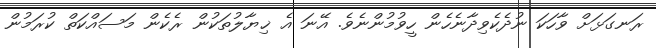
ރަނގަޅަށް ވާހަކަ ނުދެކެވިދާނެހެން ހީވުމުންނެވެ. އޭނަ އެ ޚިޔާލުތަކުން ރެކެން މަސައްކަތް ކުރަމުން